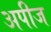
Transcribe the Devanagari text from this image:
अपीज